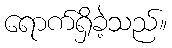
ရောက်ရှိခဲ့သည်။